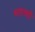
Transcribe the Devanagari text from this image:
बताव्यो